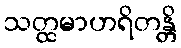
သတ္ထမာဟရိတန္တိ